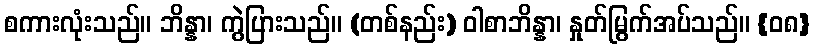
စကားလုံးသည်။ ဘိန္နာ၊ ကွဲပြားသည်။ (တစ်နည်း) ဝါစာဘိန္နာ၊ နှုတ်မြွက်အပ်သည်။ {၀၈}